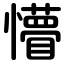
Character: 懵